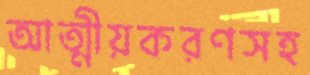
আত্মীয়করণসহ